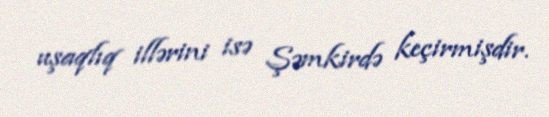
uşaqlıq illərini isə Şəmkirdə keçirmişdir.